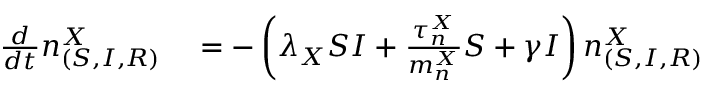
\begin{array} { r l } { \frac { d } { d t } n _ { ( S , I , R ) } ^ { X } } & { { } = - \left( \lambda _ { X } S I + \frac { \tau _ { n } ^ { X } } { m _ { n } ^ { X } } S + \gamma I \right) n _ { ( S , I , R ) } ^ { X } } \end{array}